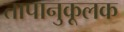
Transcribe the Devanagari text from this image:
तापानुकूलक